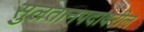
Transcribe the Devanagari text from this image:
सुलतानपदावरील